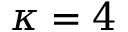
\kappa = 4